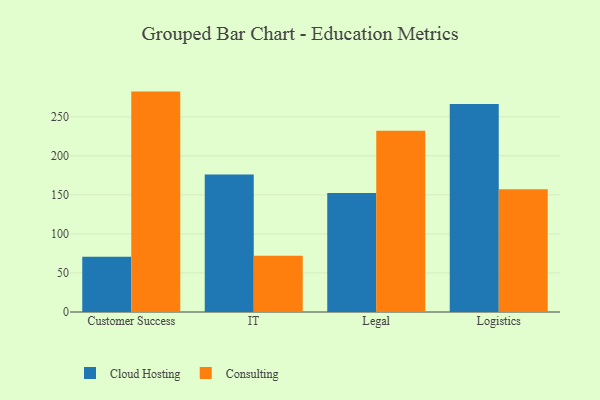
{"axis": {"x": "Department", "y": "Bounce Rate (%)"}, "legend": ["Cloud Hosting", "Consulting"], "data": [{"x": "Customer Success", "y": 70.9, "type": "Cloud Hosting"}, {"x": "Customer Success", "y": 282.2, "type": "Consulting"}, {"x": "IT", "y": 176.1, "type": "Cloud Hosting"}, {"x": "IT", "y": 72.1, "type": "Consulting"}, {"x": "Legal", "y": 152.4, "type": "Cloud Hosting"}, {"x": "Legal", "y": 232.2, "type": "Consulting"}, {"x": "Logistics", "y": 266.2, "type": "Cloud Hosting"}, {"x": "Logistics", "y": 157.3, "type": "Consulting"}]}